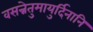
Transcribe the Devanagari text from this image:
वसन्नेतुमायुर्दिनानि